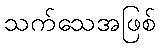
သက်သေအဖြစ်